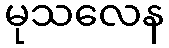
မုသလေန